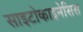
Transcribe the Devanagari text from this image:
साइटोकाइनेसिस